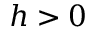
h > 0